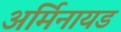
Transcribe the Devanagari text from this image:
अर्मिनायड